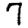
Digit: 7